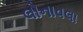
લોનાવલા